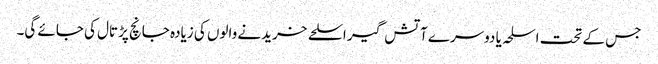
جس کے تحت اسلحہ یا دوسرے آتش گیر اسلحے خریدنے والوں کی زیادہ جانچ پڑتال کی جائے گی۔